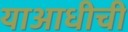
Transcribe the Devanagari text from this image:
याआधीची